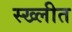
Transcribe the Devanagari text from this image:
स्ख्लीत